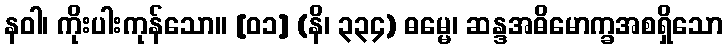
နဝါ၊ ကိုးပါးကုန်သော။ [၀၁] (နိ၊ ၃၃၄) ဓမ္မေ၊ ဆန္ဒအဓိမောက္ခအစရှိသော